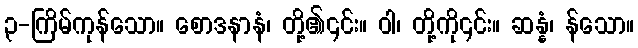
၃-ကြိမ်ကုန်သော။ စောဒနာနံ၊ တို့၏၎င်း။ ဝါ၊ တို့ကို၎င်း။ ဆန္နံ၊ န်သော။